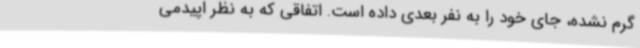
گرم نشده، جای خود را به نفر بعدی داده است. اتفاقی که به نظر اپیدمی